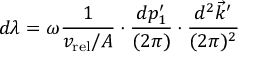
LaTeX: d \lambda = \omega { \frac { 1 } { v _ { \mathrm { r e l } } / A } } \cdot { \frac { d p _ { 1 } ^ { \prime } } { ( 2 \pi ) } } \cdot { \frac { d ^ { 2 } \vec { k } ^ { \prime } } { ( 2 \pi ) ^ { 2 } } }